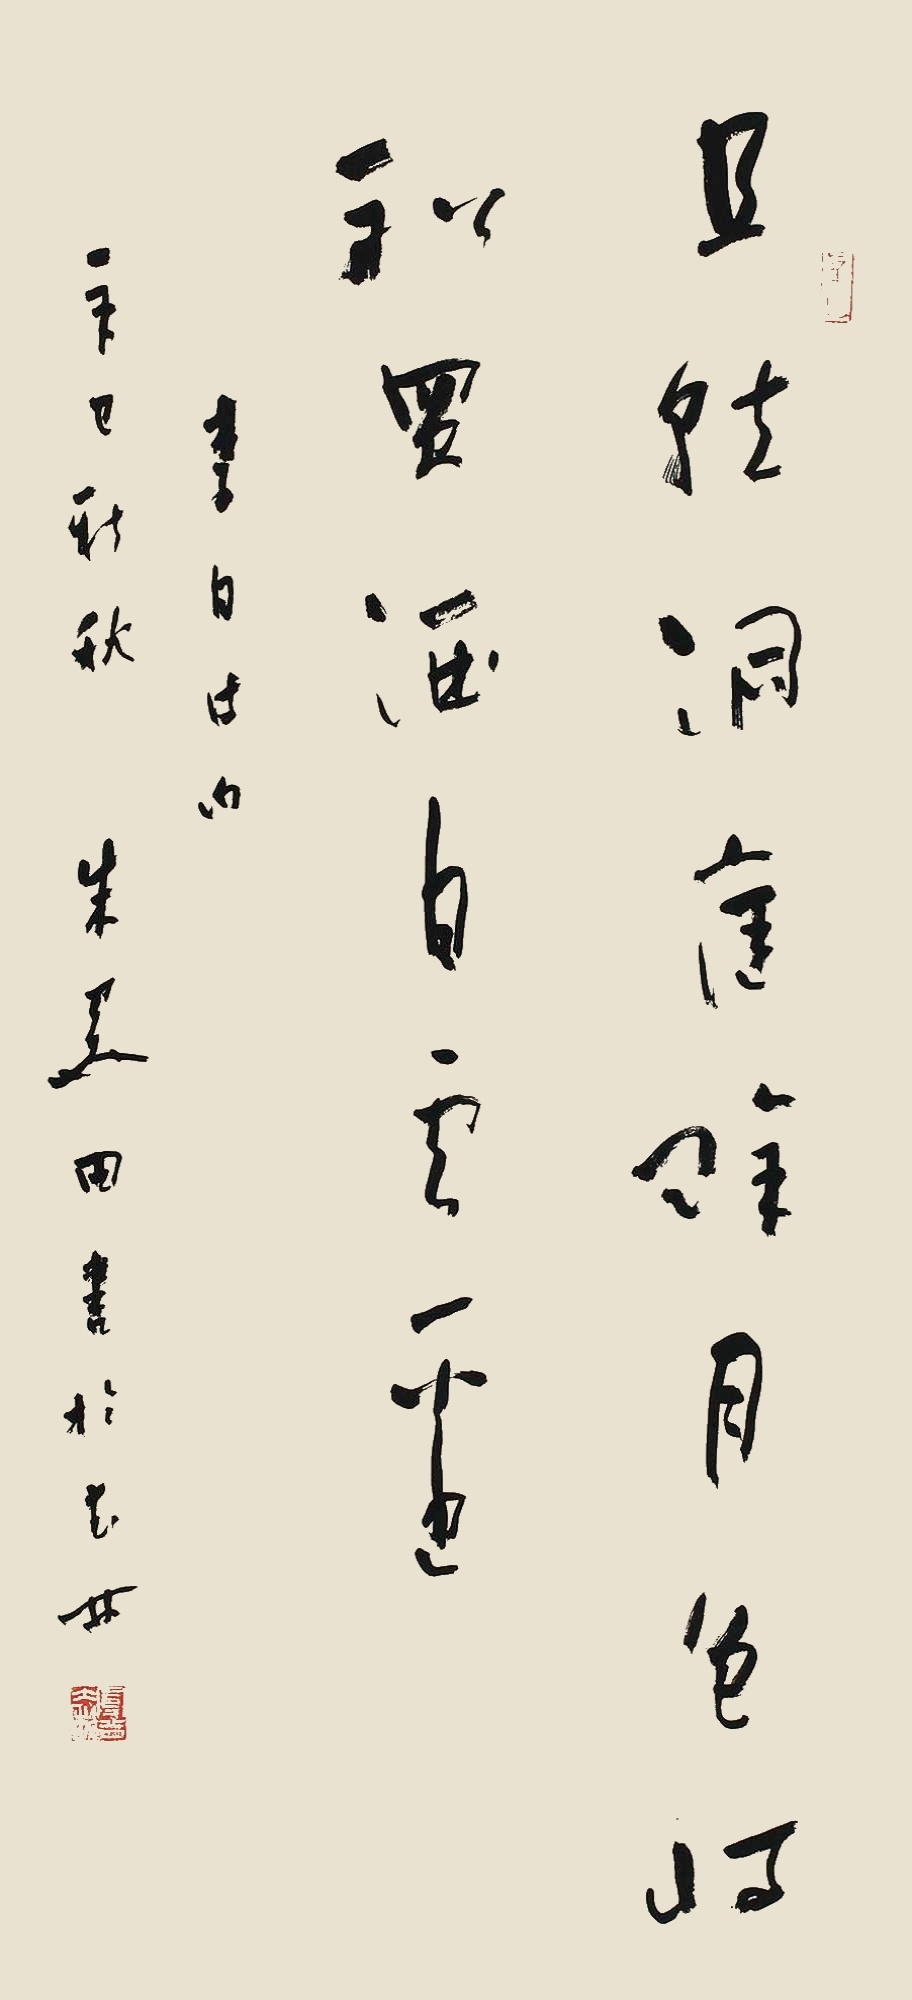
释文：且就洞庭赊月色，将船买酒白云边。李白诗句。辛巳新秋，朱关田书于武林。